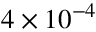
4 \times 1 0 ^ { - 4 }